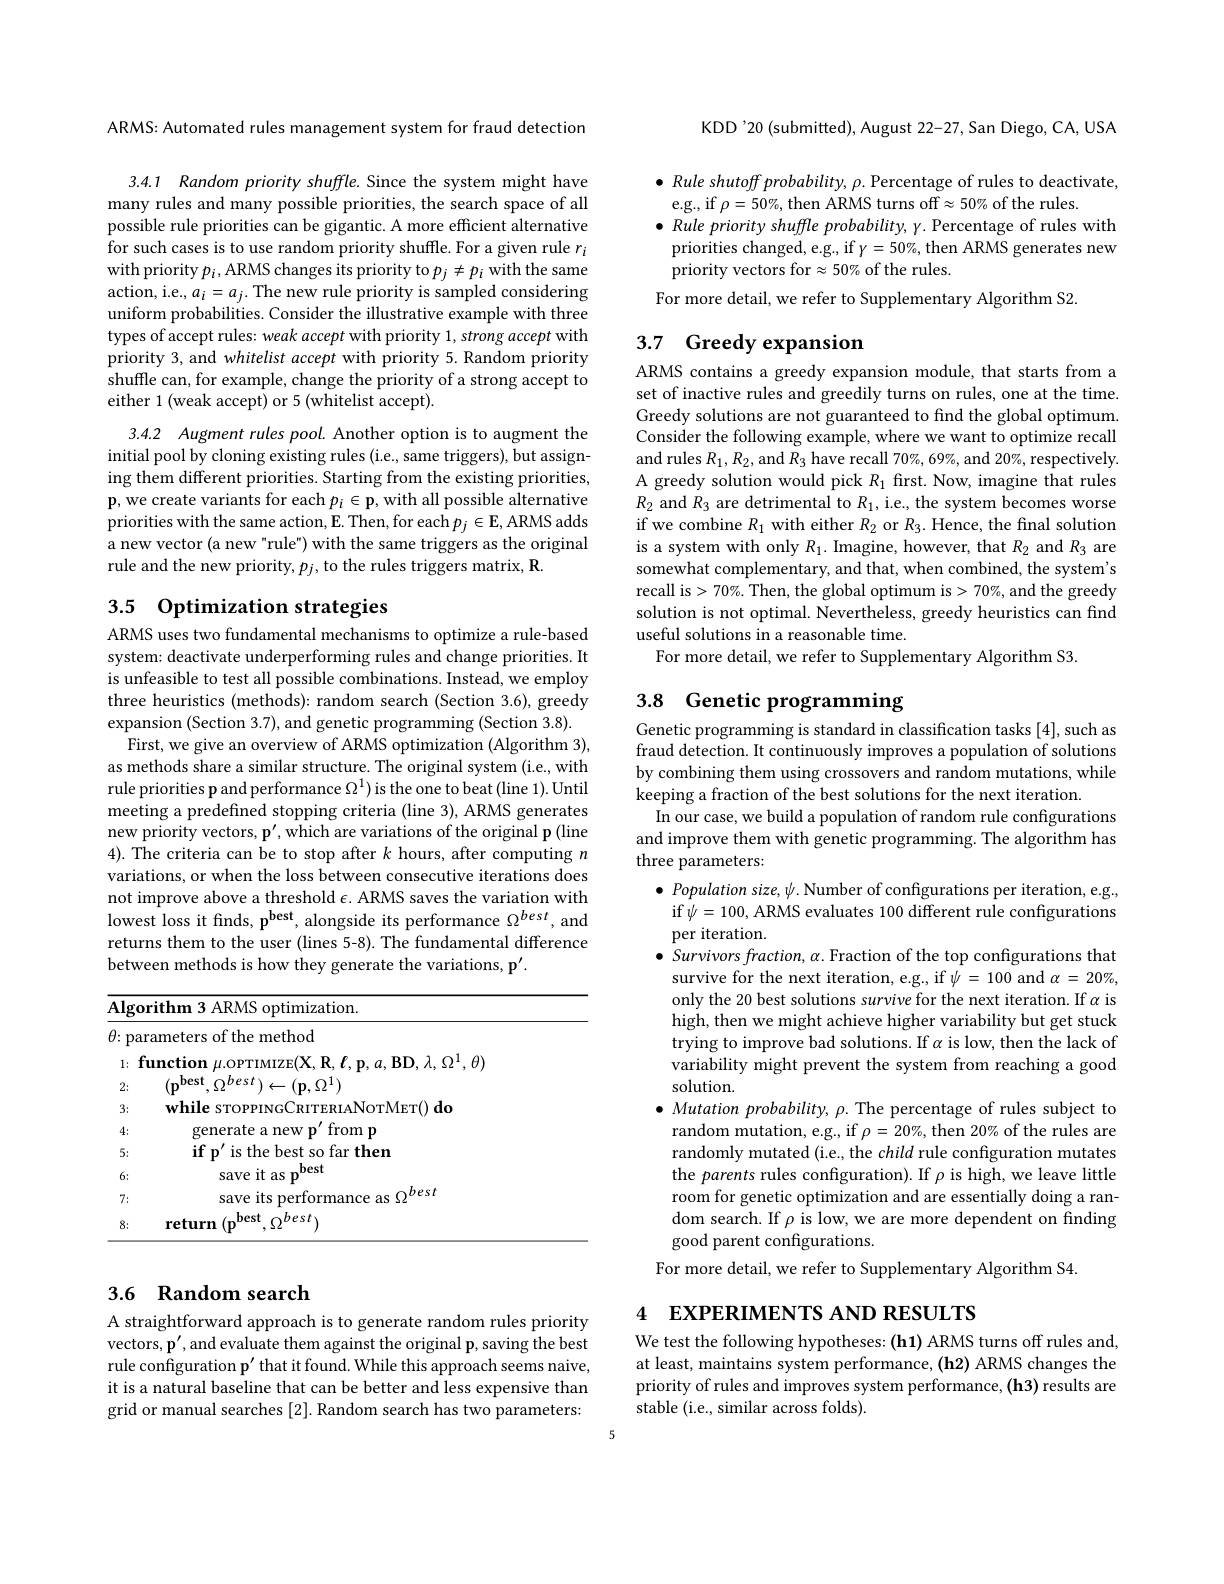
ARMS: Automated rules management system for fraud detection

3.4.1 Random priority shuffle. Since the system might have many rules and many possible priorities, the search space of all possible rule priorities can be gigantic. A more efficient alternative for such cases is to use random priority shuffle. For a given rule $r_i$ with priority $p_i$, ARMS changes its priority to $p_j\neq p_i$ with the same action, i.e., $a_i=a_j.$ The new rule priority is sampled considering uniform probabilities. Consider the illustrative example with three types of accept rules: weak accept with priority 1, strong accept with priority 3, and whitelist accept with priority 5. Random priority shuffle can, for example, change the priority of a strong accept to either 1 (weak accept) or 5 (whitelist accept).

3.4.2 Augment rules pool. Another option is to augment the initial pool by cloning existing rules (i.e., same triggers), but assigning them different priorities. Starting from the existing priorities, p, we create variants for each $p_i\in\mathbf{p}$, with all possible alternative priorities with the same action, E. Then, for each $p_j\in\mathbf{E}$, ARMS adds a new vector (a new "rule") with the same triggers as the original rule and the new priority, $p_j$, to the rules triggers matrix, R.

## 3.5 Optimization strategies

ARMS uses two fundamental mechanisms to optimize a rule-based system: deactivate underperforming rules and change priorities. It is unfeasible to test all possible combinations. Instead, we employ three heuristics (methods): random search (Section 3.6), greedy expansion (Section 3.7), and genetic programming (Section 3.8).
First, we give an overview of ARMS optimization (Algorithm 3), as methods share a similar structure. The original system (i.e., with rule priorities p and performance $\Omega^1)$ is the one to beat (line 1). Until meeting a predefined stopping criteria (line 3), ARMS generates new priority vectors, p', which are variations of the original p (line 4). The criteria can be to stop after $k$ hours, after computing $n$ variations, or when the loss between consecutive iterations does not improve above a threshold $\epsilon.$ ARMS saves the variation with lowest loss it finds, p$^\mathrm{best}$, alongside its performance $\Omega^{best}$, and returns them to the user (lines 5-8). The fundamental difference between methods is how they generate the variations, p'.

<table>
	<tbody>
		<tr>
			<td>$\overline{\mathrm{Algor}}$</td>
			<td>timization. rith ARMS</td>
		</tr>
		<tr>
			<td>$\theta:$ par</td>
			<td>rameters of the method</td>
		</tr>
		<tr>
			<td>$fi$ 1:</td>
			<td>$\textbf{unction }\mu .$opTIMIZE$(\mathbf{X},\mathbf{R},\boldsymbol{\ell},\mathbf{p},a,\mathbf{BD},\lambda,\Omega^{1},\theta)$</td>
		</tr>
		<tr>
			<td>2:</td>
			<td>$0^{Des}$ $\leftarrow(\mathbf{p},\Omega^{1})$</td>
		</tr>
		<tr>
			<td>3:</td>
			<td>while sTOPPINGCRI TERIANorMET()dd</td>
		</tr>
		<tr>
			<td>4:</td>
			<td>fromp penerare I Mew</td>
		</tr>
		<tr>
			<td>5:</td>
			<td>$\mathbf{if}_{1}$ $o^{\prime }$ is the best so far then</td>
		</tr>
		<tr>
			<td>6:</td>
			<td>save it as best</td>
		</tr>
		<tr>
			<td>7:</td>
			<td>save its performa best</td>
		</tr>
		<tr>
			<td>8:</td>
			<td>best return</td>
		</tr>
	</tbody>
</table>

## 3.6 Random search

A straightforward approach is to generate random rules priority vectors, p', and evaluate them against the original p, saving the best rule configuration p' that it found. While this approach seems naive, it is a natural baseline that can be better and less expensive than grid or manual searches [2]. Random search has two parameters:

KDD'20 (submitted), August 22-27, San Diego, CA, USA

$\bullet$ Rule shutoff probability, $\rho.$ Percentage of rules to deactivate,
e.g., if $\rho=50\%$ then ARMS turns off$\approx50\%$ of the rules.
$\bullet$ Rule priority shuffle probability, y. Percentage of rules with priorities changed, e.g., if $\gamma=50\%$, then ARMS generates new priority vectors for $\approx50\%$ of the rules.
For more detail, we refer to Supplementary Algorithm S2.

## 3.7 Greedy expansion

ARMS contains a greedy expansion module, that starts from a set of inactive rules and greedily turns on rules, one at the time. Greedy solutions are not guaranteed to find the global optimum. Consider the following example, where we want to optimize recall and rules $R_1,R_2$, and $R_3$ have recall 70%, 69%, and 20%, respectively. A greedy solution would pick $R_1$ first. Now, imagine that rules $R_2$ and $R_3$ are detrimental to $R_1$, i.e., the system becomes worse if we combine $R_1$ with either $R_2$ or $R_3.$ Hence, the fnal solution is a system with only $R_1.$ Imagine, however, that $R_2$ and $R_3$ are somewhat complementary, and that, when combined, the system's recall is>70%. Then, the global optimum is>70%, and the greedy solution is not optimal. Nevertheless, greedy heuristics can find useful solutions in a reasonable time.
For more detail, we refer to Supplementary Algorithm S3.

# 3.8 Genetic programming

Genetic programming is standard in classification tasks [4], such as fraud detection. It continuously improves a population of solutions by combining them using crossovers and random mutations, while keeping a fraction of the best solutions for the next iteration
In our case, we build a population of random rule configurations and improve them with genetic programming. The algorithm has three parameters:
$\bullet$ Population size, $\psi.$ Number of configurations per iteration, e.g., if $\psi=100$, ARMS evaluates 100 different rule configurations per iteration.
$\bullet$ Survivors fraction, α. Fraction of the top configurations that survive for the next iteration, e.g., if $\psi=100$ and $\alpha=20\%$, only the 20 best solutions survive for the next iteration. If $\alpha$ is high, then we might achieve higher variability but get stuck trying to improve bad solutions. If $\alpha$ is low, then the lack of variability might prevent the system from reaching a good solution.
$\bullet$ Mutation probability, $\rho.$ The percentage of rules subject to
random mutation, e.g., if $\rho=20\%$ then 20% of the rules are randomly mutated (i.e., the child rule configuration mutates the parents rules configuration). If $\rho$ is high, we leave little room for genetic optimization and are essentially doing a random search. If $\rho$ is low, we are more dependent on finding good parent configurations.
For more detail, we refer to Supplementary Algorithm S4

4 EXPERIMENTS AND RESULTS

We test the following hypotheses: (h1) ARMS turns off rules and, at least, maintains system performance, (h2) ARMS changes the priority of rules and improves system performance, (h3) results are stable (i.e., similar across folds).

5